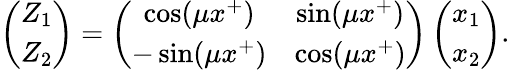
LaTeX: \left(\begin{array}{c}{{Z_{1}}}\\ {{Z_{2}}}\end{array}\right)=\left(\begin{array}{cc}{{\cos(\mu x^{+})}}&{{\sin(\mu x^{+})}}\\ {{-\sin(\mu x^{+})}}&{{\cos(\mu x^{+})}}\end{array}\right)\left(\begin{array}{c}{{x_{1}}}\\ {{x_{2}}}\end{array}\right).